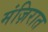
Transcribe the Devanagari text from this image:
मंज़िरात